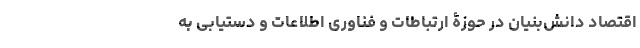
اقتصاد دانش‌بنیان در حوزۀ ارتباطات و فناوری اطلاعات و دستیابی به